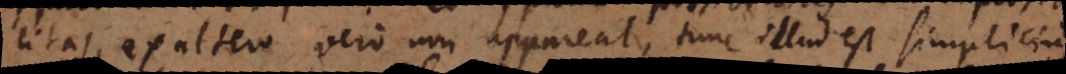
litas, ex altero vero non appareat, tunc illud est simplicius